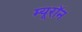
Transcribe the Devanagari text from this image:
म्यूरॉन